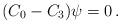
LaTeX: \begin{align*} (C_0 - C_3)\psi = 0 \,.\end{align*}